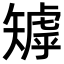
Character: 𥏽